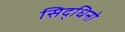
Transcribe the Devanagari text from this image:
सिद्धिनो